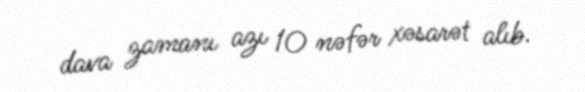
dava zamanı azı 10 nəfər xəsarət alıb.